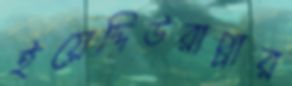
ইয়েদ্দিউরাপ্পার